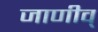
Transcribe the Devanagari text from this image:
जाणीव्